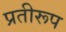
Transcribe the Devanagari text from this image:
प्रतीरूप